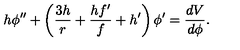
h \phi ^ { \prime \prime } + \left( \frac { 3 h } { r } + \frac { h f ^ { \prime } } { f } + h ^ { \prime } \right) \phi ^ { \prime } = \frac { d V } { d \phi } .